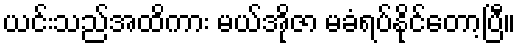
ယင်းသည်အထိကား မယ်အိုဇာ မခံရပ်နိုင်တော့ပြီ။